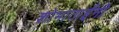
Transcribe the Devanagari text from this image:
शोभाताईंनी